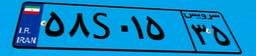
۵۸S۰۱۵۳۵